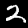
Label: 2